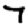
Digit: 7